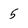
Character: 5